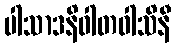
ပါသာဒနိဝါတဝါသိနီ